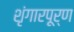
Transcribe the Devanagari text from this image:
शृंगारपूर्ण